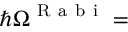
\hbar \Omega ^ { \mathrm { ~ R ~ a ~ b ~ i ~ } } =